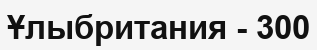
Ұлыбритания - 300